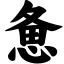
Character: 惫